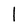
Character: l